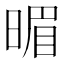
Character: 𣈲